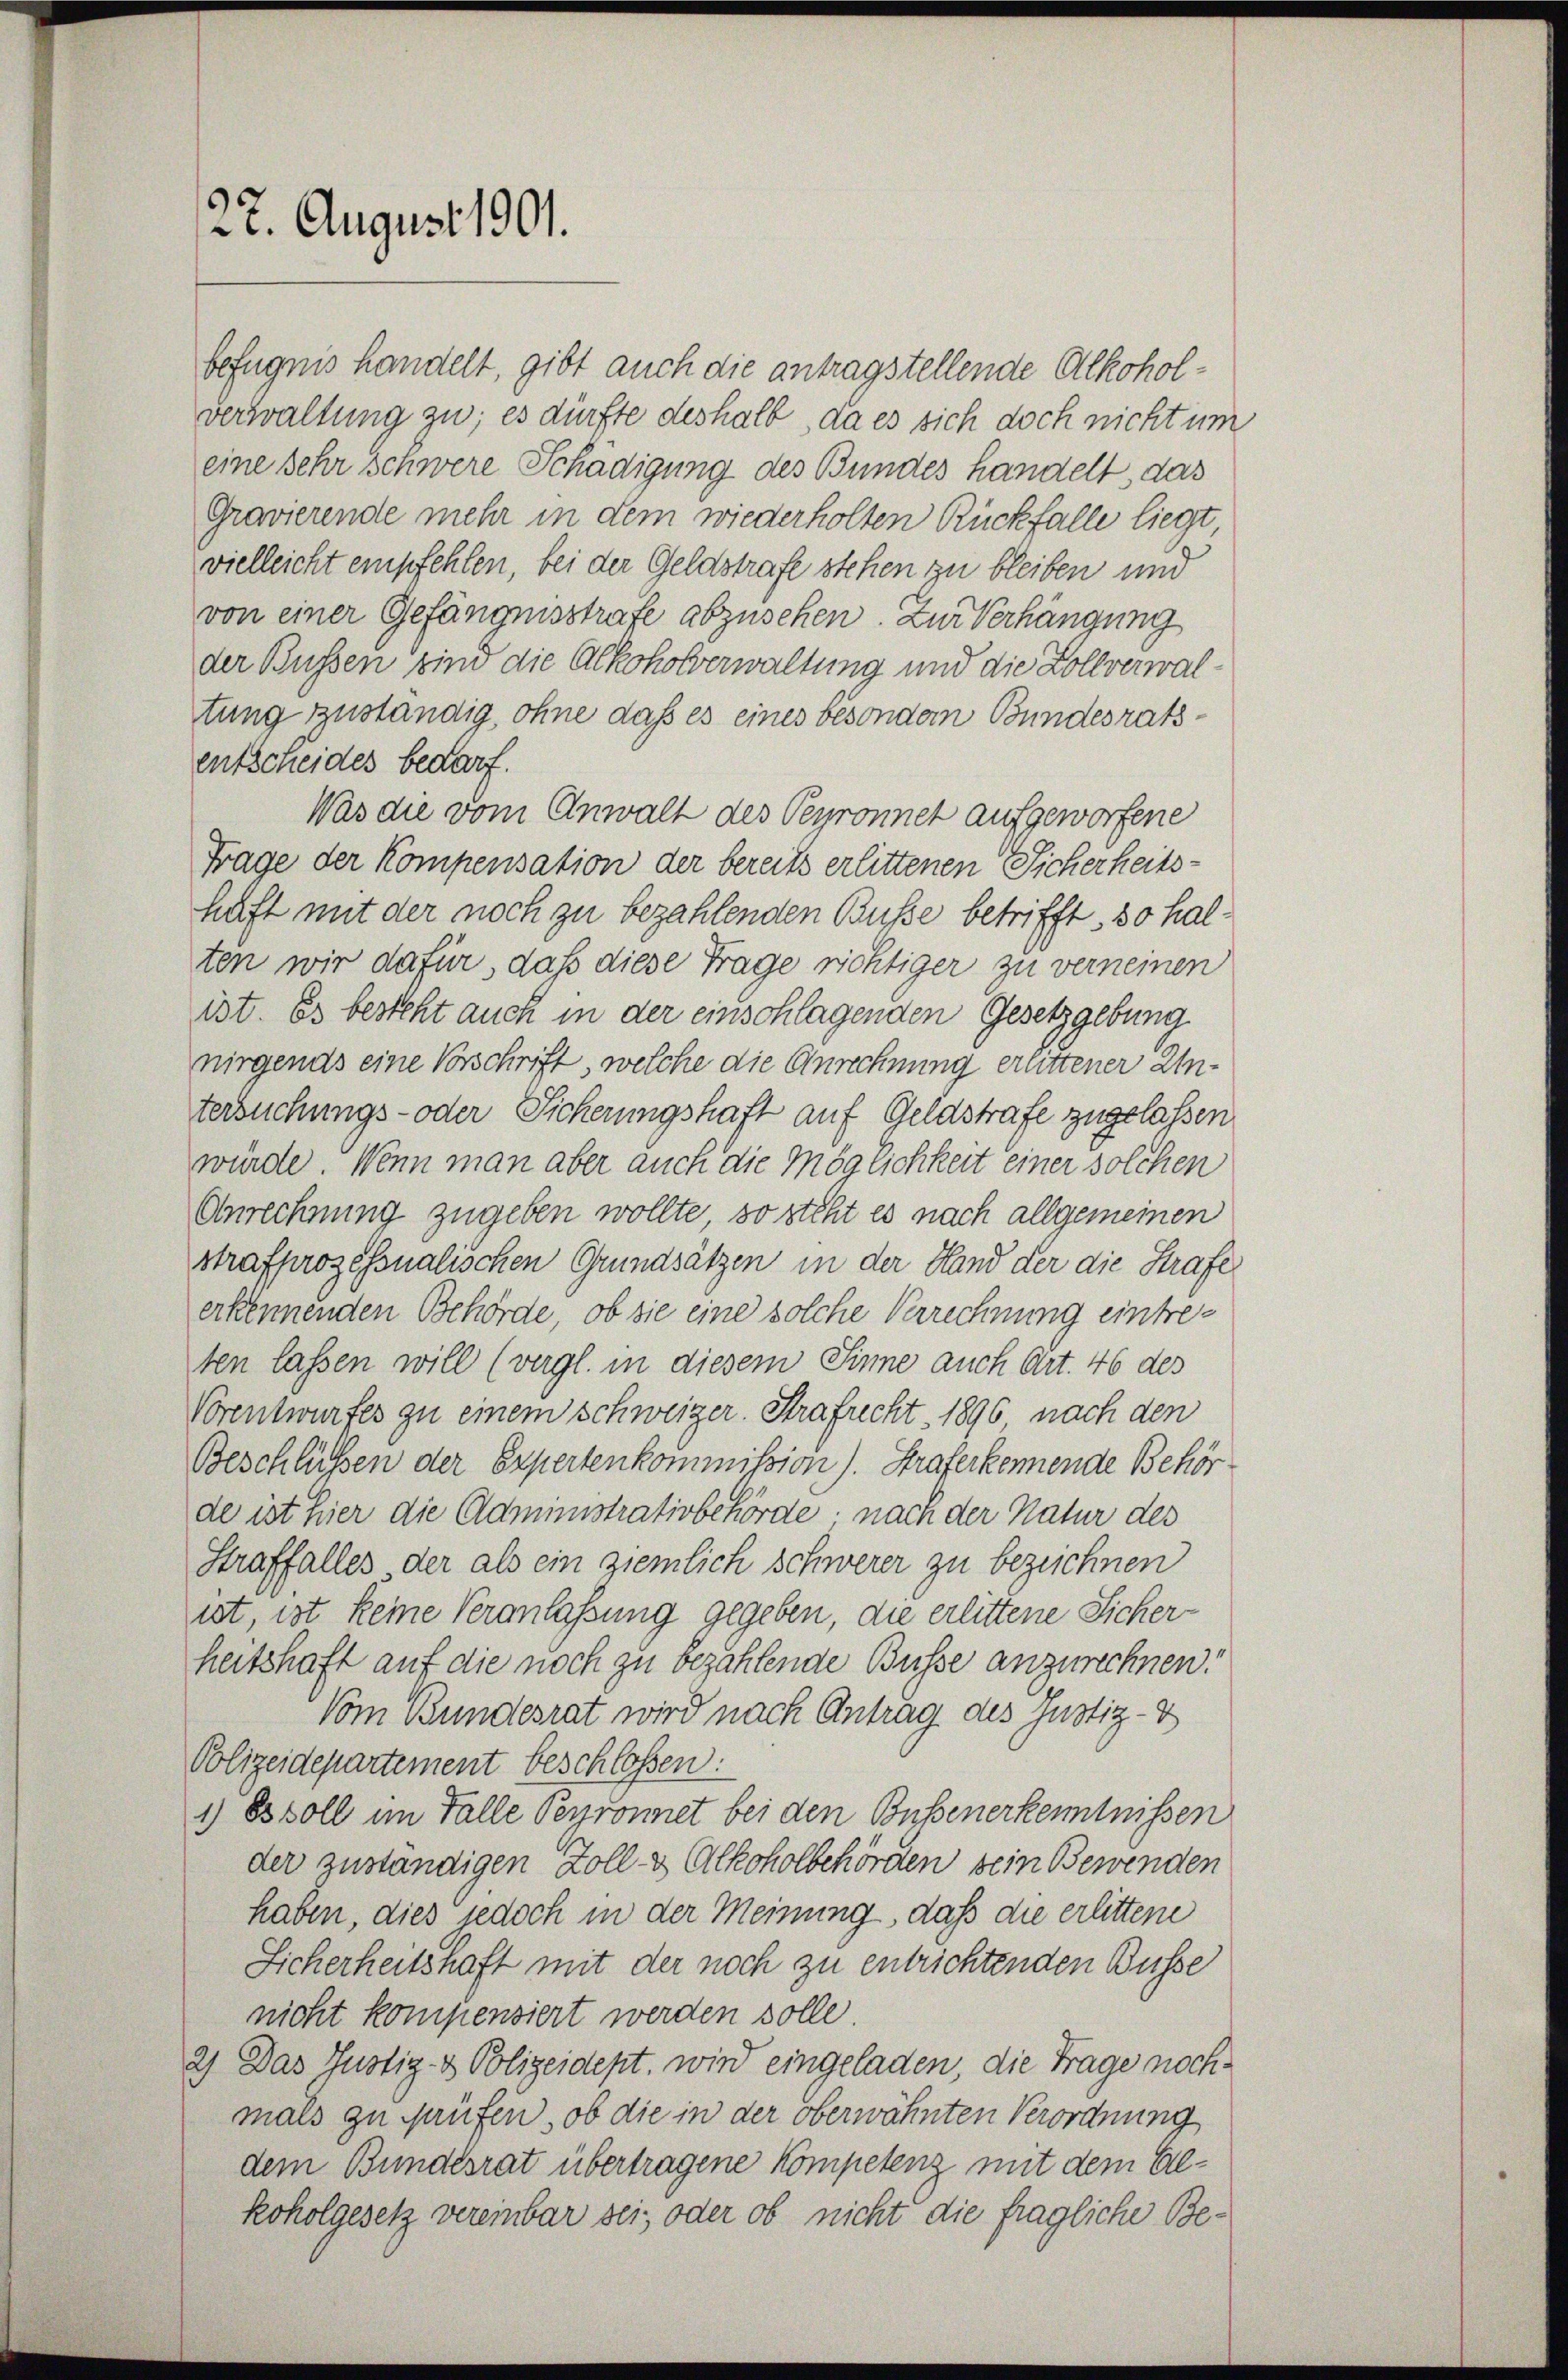
22. August 1901.

befugnis handelt, gibt auch die antragstellende Alkoholverwaltung zu; es dürfte deshalb, da es sich doch nicht um
eine sehr schwere Schädigung des Bundes handelt, das
Gravierende mehr in dem wiederholten Rückfalle liegt
vielleicht empfehlen, bei der Geldstrafe stehen zu bleiben und
von einer Gefängnisstrafe abzusehen. Zur Verhängung
der Bussen sind die Alkoholverwaltung und die Zollverwaltung zuständig, ohne daß es eines besondern Bundesratsentscheides bedarf.
Was die vom Anwalt des Perronnet aufgeworfene
Frage der Kompensation der bereits erlittenen Sicherheitshaft mit der noch zu bezahlenden Busse betrifft, so halten wir dafür, daß diese Frage richtiger zu verneinen
ist. Es besteht auch in der einschlagenden Gesetzgebung
nirgends eine Vorschrift, welche die Anrechnung erlittener Untersuchungs- oder Sicherungshaft auf Geldstrafe zugelassen.
wurde. Wenn man aber auch die Möglichkeit einer solchen
Anrechnung zugeben wollte, so steht es nach allgemeinen
strafprozessualischen Grundsätzen in der Hand der die Strafe
erkennenden Behörde, ob sie eine solche Verrechnung eintreten lassen will (vergl. in diesem Sinne auch Art. 46 des
Vorentwurfes zu einem schweiger. Strafrecht. 1896 nach den
Beschlüssen der Expertenkommission). Straferkennende Behör
de ist hier die Administrativbehörde, nach der Natur des
Straffalles der als ein ziemlich schwerer zu bezeichnen
ist, ist keine Veranlassung gegeben, die erlittene Sicher-
heitschaft auf die noch zu bezahlende Busse anzurechnen:
Vom Bundesrat wird nach Antrag des Justiz- &
Polizeidepartement beschlossen:
1) Es soll im Falle Perronnet bei den Bußenerkenntnissen
der zuständigen Zoll- & Alkoholbehörden sein Bewenden
haben, dies jedoch in der Meinung, daß die erlittene
Sicherheitshaft mit der noch zu entrichtenden Busse
nicht kompensiert werden solle
2) Das Justiz- & Polizeidept, wird eingeladen, die Frage nochmals zu Haufen, ob die in der oberwähnten Verordnung
dem Bundesrat übertragene Kompetenz mit dem Gekoholgesetz vereinbar sei, oder ob nicht die fragliche Be¬